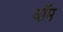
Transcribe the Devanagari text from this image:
धॉम